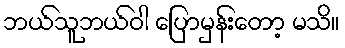
ဘယ်သူဘယ်ဝါ ပြောမှန်းတော့ မသိ။